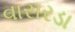
વાસરડા